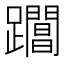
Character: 𨇡